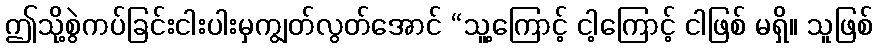
ဤသို့စွဲကပ်ခြင်းငါးပါးမှကျွတ်လွတ်အောင် “သူ့ကြောင့် ငါ့ကြောင့် ငါဖြစ် မရှိ။ သူဖြစ်